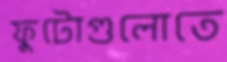
ফুটোগুলোতে